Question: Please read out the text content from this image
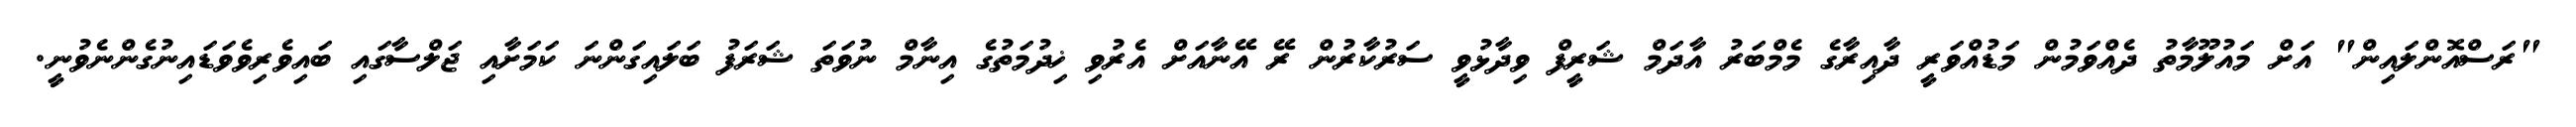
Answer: "ރަސްއޮންލައިން" އަށް މައުލޫމާތު ދެއްވަމުން މަޑުއްވަރީ ދާއިރާގެ މެމްބަރު އާދަމް ޝަރީފް ވިދާޅުވީ ސަރުކާރުން ރޭ އޭނާއަށް އެރުވި ޚިދުމަތުގެ އިނާމް ނުވަތަ ޝަރަފު ބަލައިގަންނަ ކަމަށާއި ޖަލްސާގައި ބައިވެރިވެވަޑައިނުގެންނެވުނީ.